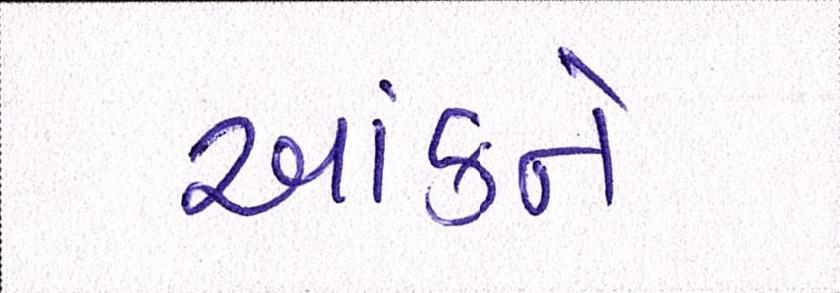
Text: આંકને